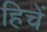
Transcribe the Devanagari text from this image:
हिचें